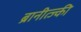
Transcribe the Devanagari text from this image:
ब्रानीत्ज्की